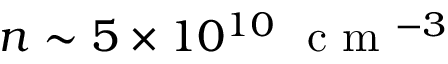
n \sim 5 \times 1 0 ^ { 1 0 } ~ \mathrm { ~ c ~ m ~ } ^ { - 3 }